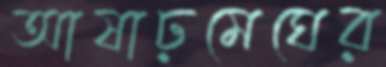
আষাঢ়মেঘের